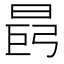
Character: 𪰩